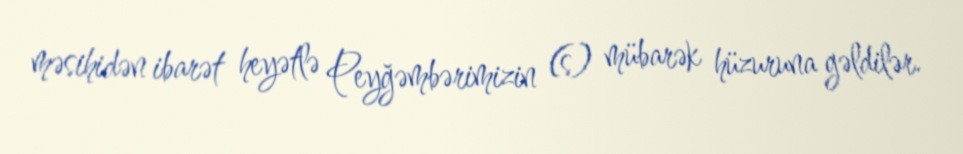
məsihidən ibarət heyətlə Peyğəmbərimizin (s) mübarək hüzuruna gəldilər.